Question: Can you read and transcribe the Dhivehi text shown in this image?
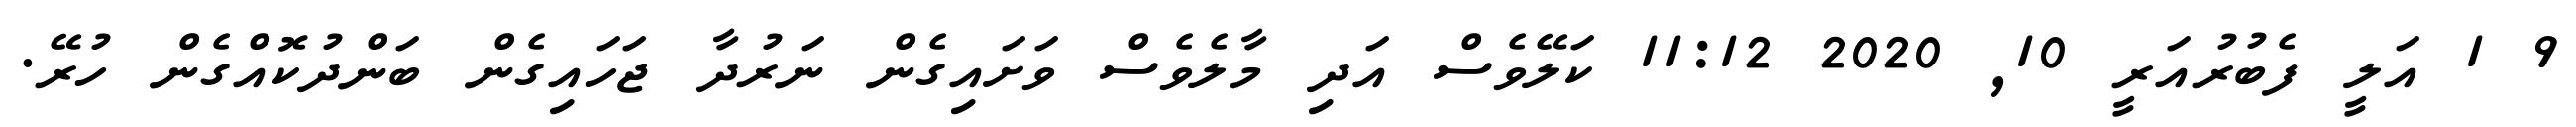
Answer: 9 1 އަލީ ފެބުރުއަރީ 10, 2020 11:12 ކަލޭވެސް އަދި މާލެވެސް ވަށައިގެން ނަރުދާ ޖަހައިގެން ބަންދުކޮއްގެން ހުރޭ.